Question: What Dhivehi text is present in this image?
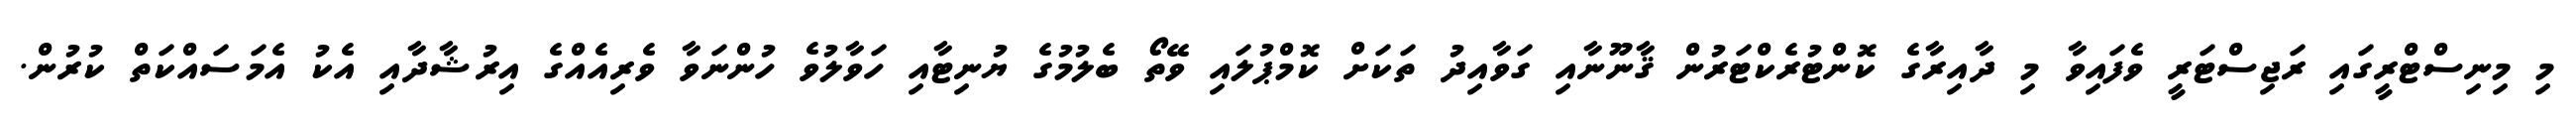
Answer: މި މިނިސްޓްރީގައި ރަޖިސްޓަރީ ވެފައިވާ މި ދާއިރާގެ ކޮންޓުރެކްޓަރުން ޤާނޫނާއި ގަވާއިދު ތަކަށް ކޮމްޕުލައި ވޭތޯ ބެލުމުގެ ޔުނިޓާއި ހަވާލުވެ ހުންނަވާ ވެރިއެއްގެ އިރުޝާދާއި އެކު އެމަސައްކަތް ކުރުން.